King Institute of Preventive Medicine Micro-Biological Section reports 1912-19
Year: 1912
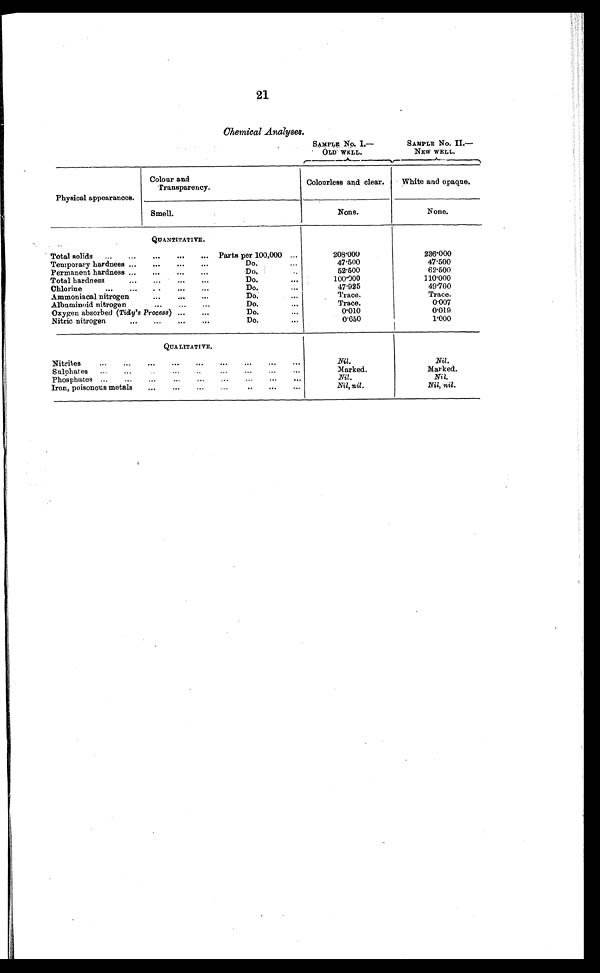
21
Chemical Analyses.
SAMPLE No. I.—
OLD WELL.
SAMPLE No. I I . —
NEW WELL
.
Physical appearances.
Colour and
Transparency.
Colourless and clear.
White and opaque.
Smell.
None.
None.
Q U A N T I T A T I V E .
Total solids . . .
Parts per 100,000 . . .
208.000
236.000
Temporary hardness . . .
Do. . . .
47.500
47.500
Permanent hardness . . .
Do. . . .
52.500
62.500
Total hardness . . .
Do. . . .
1 0 0 . 0 0 0
110.000
Chlorine . . .
Do. . . .
47.925
4 9 . 7 0 0
Ammoniacal nitrogen . . .
Do. . . .
Trace.
Trace.
Albuminoid nitrogen . . .
Do. . . .
Trace.
0.007
Oxygen absorbed ( Tidy's Process) . . .
Do. . . .
0.010
0 . 0 1 9
Nitric nitrogen . . .
Do. . . .
0.650
1.000
QUALITATIVE.
Nitrites . . .
Nil.
Nil.
S u l p h a t e s . . .
Marked.
Marked.
P h o s p h a t e s . . .
Nil.
Nil.
Iron, poisonous metals . . .
Nil, nil.
Nil, nil.